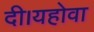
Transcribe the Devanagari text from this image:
दी।यहोवा